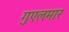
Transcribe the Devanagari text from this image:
गुएलमार